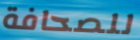
للصحافة